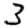
Digit: 3